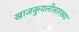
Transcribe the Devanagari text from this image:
खाजकुयलीसारख्या